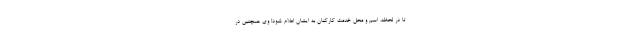
تا در لحظه، اسم و محل خدمت کارکنان به ایشان اعلام شود! وی همچنین در